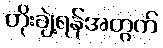
တိုးချဲ့ရန်အတွက်